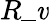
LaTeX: R\_ \mathit{v}